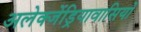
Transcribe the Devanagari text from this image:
अलेक्जेंड्रियावासियों